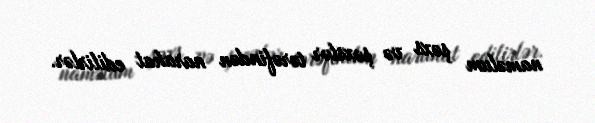
naməlum şəxs və şəxslər tərəfindən narahat edilirlər.